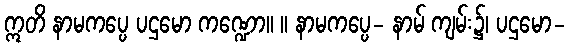
ဣတိ နာမကပ္ပေ ပဌမော ကဏ္ဍော။ ။ နာမကပ္ပေ- နာမ် ကျမ်း၌၊ ပဌမော-